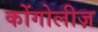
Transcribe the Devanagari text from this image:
कोंगोलीज़